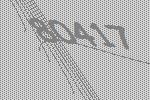
80417